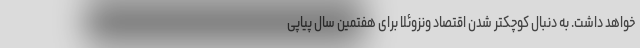
خواهد داشت. به دنبال کوچکتر شدن اقتصاد ونزوئلا برای هفتمین سال پیاپی